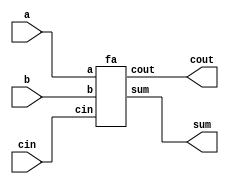
 module lab1(
 input a, b,
 input cin,
 output cout,
 output sum
 );

 fa add0(.a(a), .b(b), .cin(cin), .cout(cout), .sum(sum));

 endmodule

 module fa(
 input a, b, cin,
 output cout,
 output sum
 );

 assign cout = a&b&cin | ~a&b&cin | a&~b&cin | a&b&~cin;
 assign sum =  a&b&cin | a&~b&~cin | ~a&b&~cin | ~a&~b&cin;

 endmodule